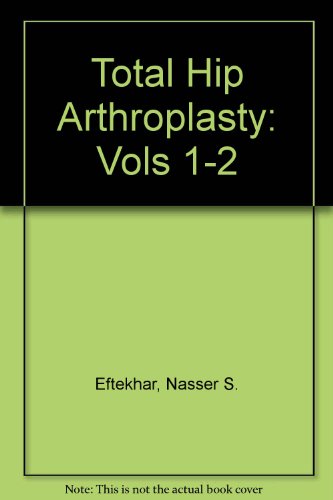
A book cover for Total Hip Arthroplasty (Vols 1-2); Nas S. Eftekhar; Health, Fitness & Dieting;